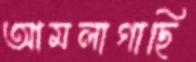
আমলাগাছি